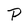
Character: P